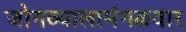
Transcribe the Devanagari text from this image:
जोगव्यालामंगळवार